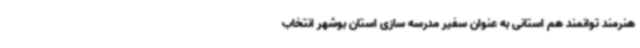
هنرمند توانمند هم استانی به عنوان سفیر مدرسه سازی استان بوشهر انتخاب